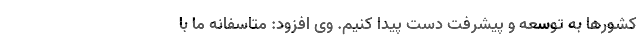
کشورها به توسعه و پیشرفت دست پیدا کنیم. وی افزود: متاسفانه ما با